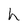
Character: h